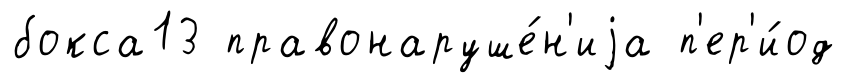
бокса13 правонаруше́н'иjа п'ер'и́од